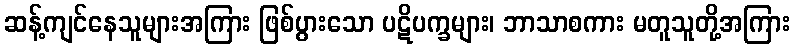
ဆန့်ကျင်နေသူများအကြား ဖြစ်ပွားသော ပဋိပက္ခများ၊ ဘာသာစကား မတူသူတို့အကြား